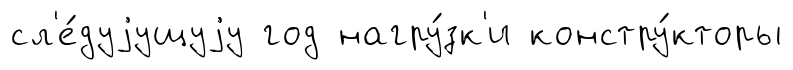
сл'е́дуjущуjу год нагру́зк'и констру́кторы